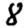
Digit: 8